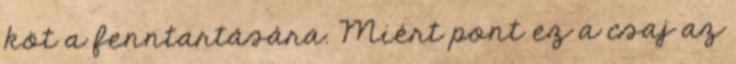
köt a fenntartására. Miért pont ez a csaj az